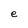
Character: e